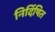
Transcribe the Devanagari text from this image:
निर्दिषित